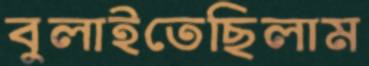
বুলাইতেছিলাম